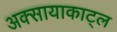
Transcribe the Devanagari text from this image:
अक्सायाकाट्ल